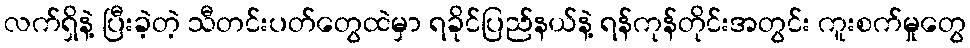
လက်ရှိနဲ့ ပြီးခဲ့တဲ့ သီတင်းပတ်တွေထဲမှာ ရခိုင်ပြည်နယ်နဲ့ ရန်ကုန်တိုင်းအတွင်း ကူးစက်မှုတွေ